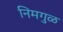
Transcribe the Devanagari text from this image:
निमगुळ